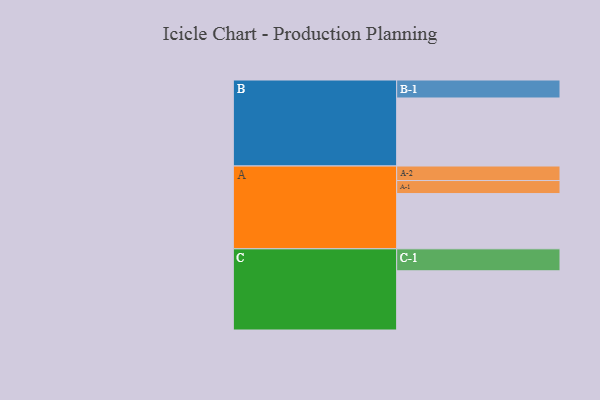
{"axis": {"x": "Segment", "y": "Value"}, "legend": ["", "A", "B", "C"], "data": [{"x": "A", "y": 445, "type": ""}, {"x": "B", "y": 548, "type": ""}, {"x": "C", "y": 477, "type": ""}, {"x": "A-1", "y": 105, "type": "A"}, {"x": "A-2", "y": 117, "type": "A"}, {"x": "B-1", "y": 145, "type": "B"}, {"x": "C-1", "y": 177, "type": "C"}]}